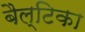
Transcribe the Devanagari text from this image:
बैल्टिका